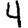
Digit: 4